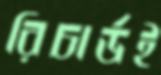
রিচার্ডই